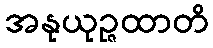
အနုယုဉ္ဇထာတိ